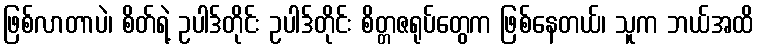
ဖြစ်လာတာပဲ၊ စိတ်ရဲ့ ဥပါဒ်တိုင်း ဥပါဒ်တိုင်း စိတ္တဇရုပ်တွေက ဖြစ်နေတယ်၊ သူက ဘယ်အထိ